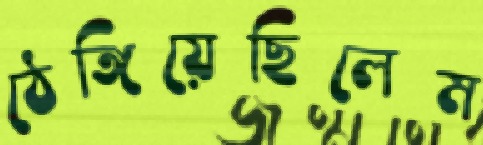
ঠেঙ্গিয়েছিলেম